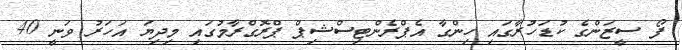
ފޯ ސީޒަންގެ ކުޑަހުރާގައި ހިންގާ އެޕްރެންޓިސްޝިޕް ޕްރޮގްރާމުގައި މިދިޔަ އަހަރު ވަނީ 40